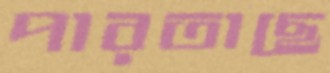
পারতাছে